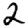
Digit: 2